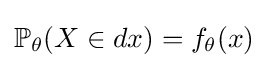
\mathbb {P} _{\theta }(X\in dx)=f_{\theta }(x)